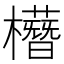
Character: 𣟞